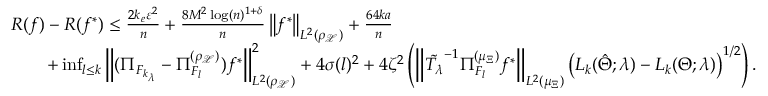
\begin{array} { r l } & { { \cal R } ( f ) - { \cal R } ( f ^ { * } ) \leq \frac { 2 k _ { e } \varepsilon ^ { 2 } } { n } + \frac { 8 M ^ { 2 } \log ( n ) ^ { 1 + \delta } } { n } \left\| f ^ { * } \right\| _ { L ^ { 2 } ( \rho _ { \mathcal { X } } ) } + \frac { 6 4 k a } { n } } \\ & { \qquad + \operatorname* { i n f } _ { l \leq k } \left\| ( \Pi _ { { \cal F } _ { k _ { \lambda } } } - \Pi _ { { \cal F } _ { l } } ^ { ( \rho _ { \mathcal { X } } ) } ) f ^ { * } \right\| _ { L ^ { 2 } ( \rho _ { \mathcal { X } } ) } ^ { 2 } + 4 \sigma ( l ) ^ { 2 } + 4 \zeta ^ { 2 } \left( \left\| \tilde { T _ { \lambda } } ^ { - 1 } \Pi _ { { \cal F } _ { l } } ^ { ( \mu _ { \Xi } ) } f ^ { * } \right\| _ { L ^ { 2 } ( \mu _ { \Xi } ) } \left( { \cal L } _ { k } ( \hat { \Theta } ; \lambda ) - { \cal L } _ { k } ( \Theta ; \lambda ) \right) ^ { 1 / 2 } \right) . } \end{array}